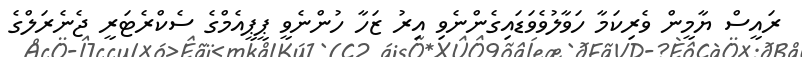
ރައީސް ޔާމީން ވެރިކަމާ ހަވާލުވެވަޑައިގެންނެވި އިރު ޒަހާ ހުންނެވީ ޕީޕީއެމްގެ ސެކްރެޓަރީ ޖެނެރަލްގެ